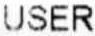
USER